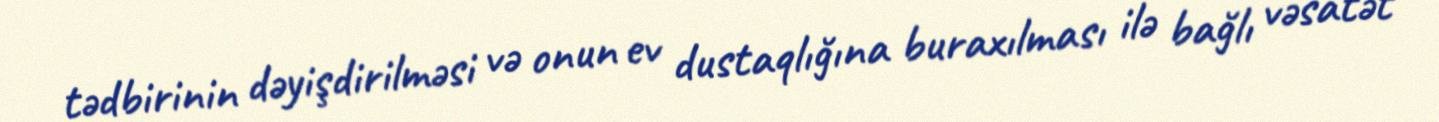
tədbirinin dəyişdirilməsi və onun ev dustaqlığına buraxılması ilə bağlı vəsatət